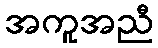
အကူအညီ